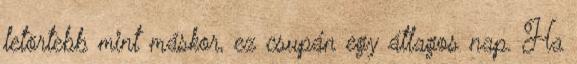
letörtebb mint máskor, ez csupán egy átlagos nap. Ha